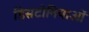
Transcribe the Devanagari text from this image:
डिसटोनियाओं